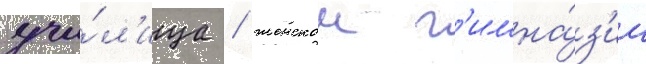
учи́л'ища / женскои г'имна́з'ии